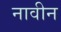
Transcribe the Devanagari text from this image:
नावीन